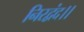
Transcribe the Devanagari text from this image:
निरद्वंद।।